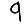
Digit: 9